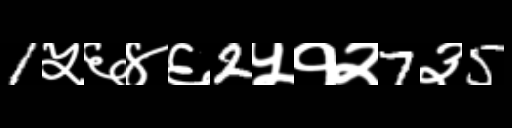
Text: 1५६४६2५१२7३5